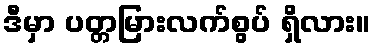
ဒီမှာ ပတ္တမြားလက်စွပ် ရှိလား။